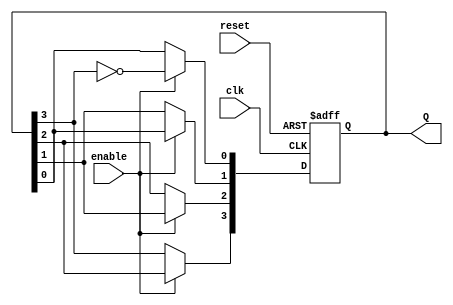
module johnson_counter (
    input wire clk,        // Clock input
    input wire reset,      // Asynchronous reset input
    input wire enable,     // Enable input
    output reg [3:0] Q     // 4-bit output representing the counter state
);

// Always block triggered on the rising edge of the clock or the reset signal
always @(posedge clk or posedge reset) begin
    if (reset) begin
        // Asynchronous reset to 0000
        Q <= 4'b0000;
    end else if (enable) begin
        // Johnson counter logic
        Q[0] <= ~Q[3]; // Feedback from inverted last flip-flop
        Q[1] <= Q[0];
        Q[2] <= Q[1];
        Q[3] <= Q[2];
    end
end

endmodule